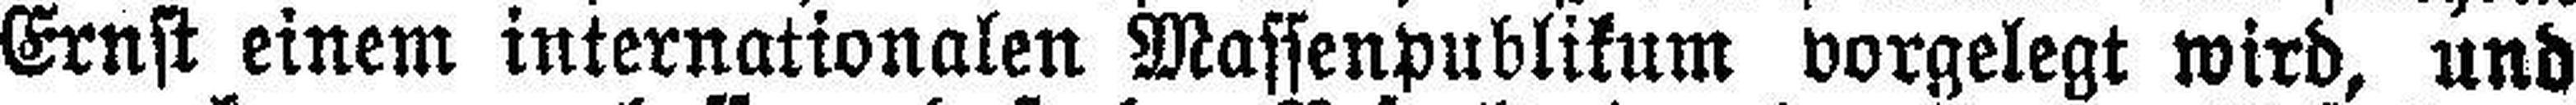
Ernst einem internationalen Massenpublikum vorgelegt wird, und